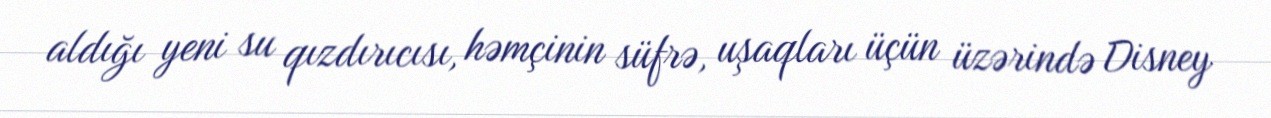
aldığı yeni su qızdırıcısı, həmçinin süfrə, uşaqları üçün üzərində Disney